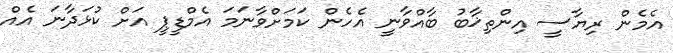
އެމެން ރިޔާސީ އިންތިޚާބު ބާއްވާނީ އެހެން ކަމަށްވާނަމަ އެމްޑީޕީ އަށް ކުޅަދާނަ އެއް